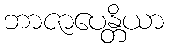
ဘာဇာပေန္တိယာ